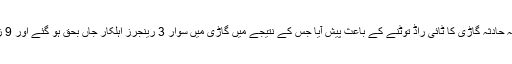
ذرائع نے موٹر وے پولیس کے حوالے سے بتایا ہے کہ یہ حادثہ گاڑی کا ٹائی راڈ توٹنے کے باعث پیش آیا جس کے نتیجے میں گاڑی میں سوار 3 رینجرز اہلکار جاں بحق ہو گئے اور 9 زخمی ہوئے جنہیں سی ایم ایچ ہسپتال منتقل کر دیا گیا ہے۔